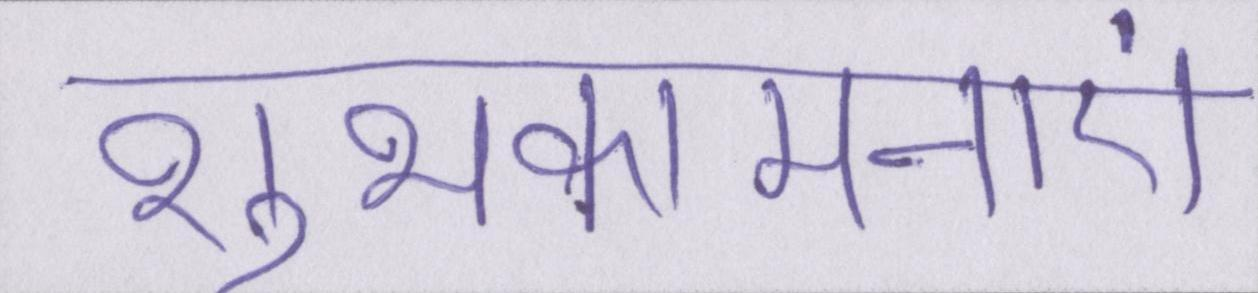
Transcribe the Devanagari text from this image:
शुभकांमनाएं